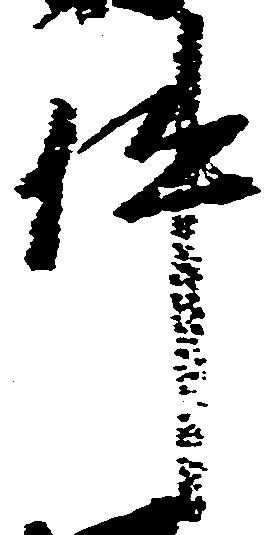
件